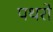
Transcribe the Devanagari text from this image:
पथरो